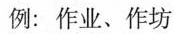
例：作业、作坊